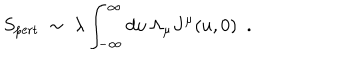
LaTeX: S _ { \mathrm { p e r t } } \ \sim \ \lambda \int _ { - \infty } ^ { \infty } d u \, \Lambda _ { \mu } J ^ { \mu } ( u , 0 ) \ \ .